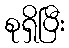
စုရှိပြီး